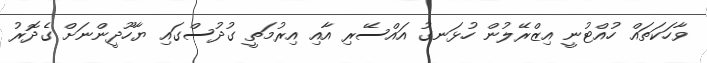
ވާހަކަތައް ހުއްޓުނީ އިޒްރޭލުން ހުޅަނގު އައްސޭރި އާއި އިރުމަތީ ގުދުސްގައި ޔާހޫދީންނަށް ގެދޮރު